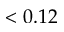
< 0 . 1 2